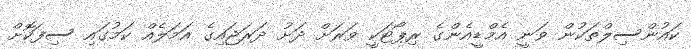
ކައުންސިލްތަކުން ވަނީ އެމްޑީއެންގެ ރިޕޯޓަކީ ވަރަށް ދަށު ދަރަޖައިގެ އަމަލެއް ކަމުގައި ސިފަކޮށް